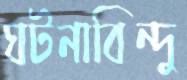
ঘটনাবিন্দু